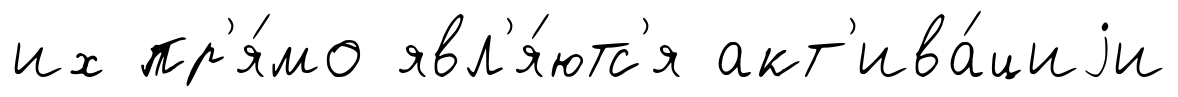
их пр'я́мо явл'я́ютс'я акт'ива́циjи